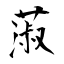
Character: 蔋